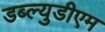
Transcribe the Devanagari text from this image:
डब्ल्युडीएम